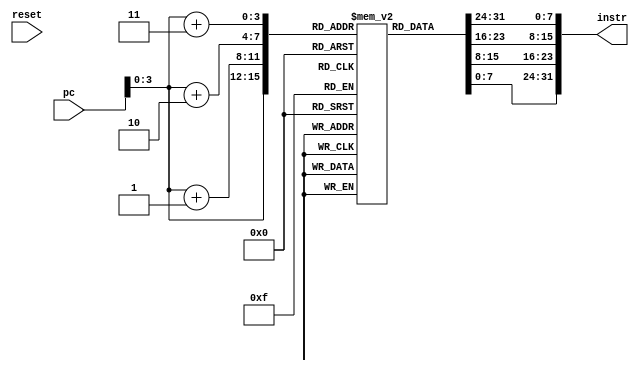
module instr_mem
// IO ports
(
    input wire [31:0] pc, 
    input wire reset,
    output wire [31:0] instr
);

// internal signal declaration
reg [7:0] rom [15:0];
wire [31:0] rom_output;
integer i;

// programming ROM with instructions
// expected output after 5 cycles: r10 = 17  
initial
begin
    // lw x6, -4(x9)
  rom[0]  = 8'b00000011;
  rom[1]  = 8'b10100011;
  rom[2]  = 8'b11000100;
  rom[3]  = 8'b11111111;
   // sw x6, 8(x9)
  rom[4]  = 8'b00100011;
  rom[5]  = 8'b10100100;
  rom[6]  = 8'b01100100;
  rom[7]  = 8'b00000000;
    // or x4, x5, x6
  rom[8]  = 8'b00110011;
  rom[9]  = 8'b11100010;
  rom[10] = 8'b01100010;
  rom[11] = 8'b00000000;
    // beq x4, x4, 7
  rom[12] = 8'b11100011;
  rom[13] = 8'b00001010;
  rom[14] = 8'b01000010;
  rom[15] = 8'b11111110;





end  

assign rom_output = {rom[pc+3], rom[pc+2], rom[pc+1], rom[pc]}; 
assign instr = rom_output;

endmodule